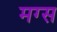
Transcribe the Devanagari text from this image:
मग्स